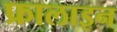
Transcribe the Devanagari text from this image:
फ्रालाइन